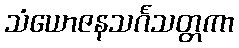
သံယောဇနသင်္ဂသတ္တကာ